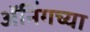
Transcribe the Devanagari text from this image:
ॲनिंगच्या